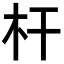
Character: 杆